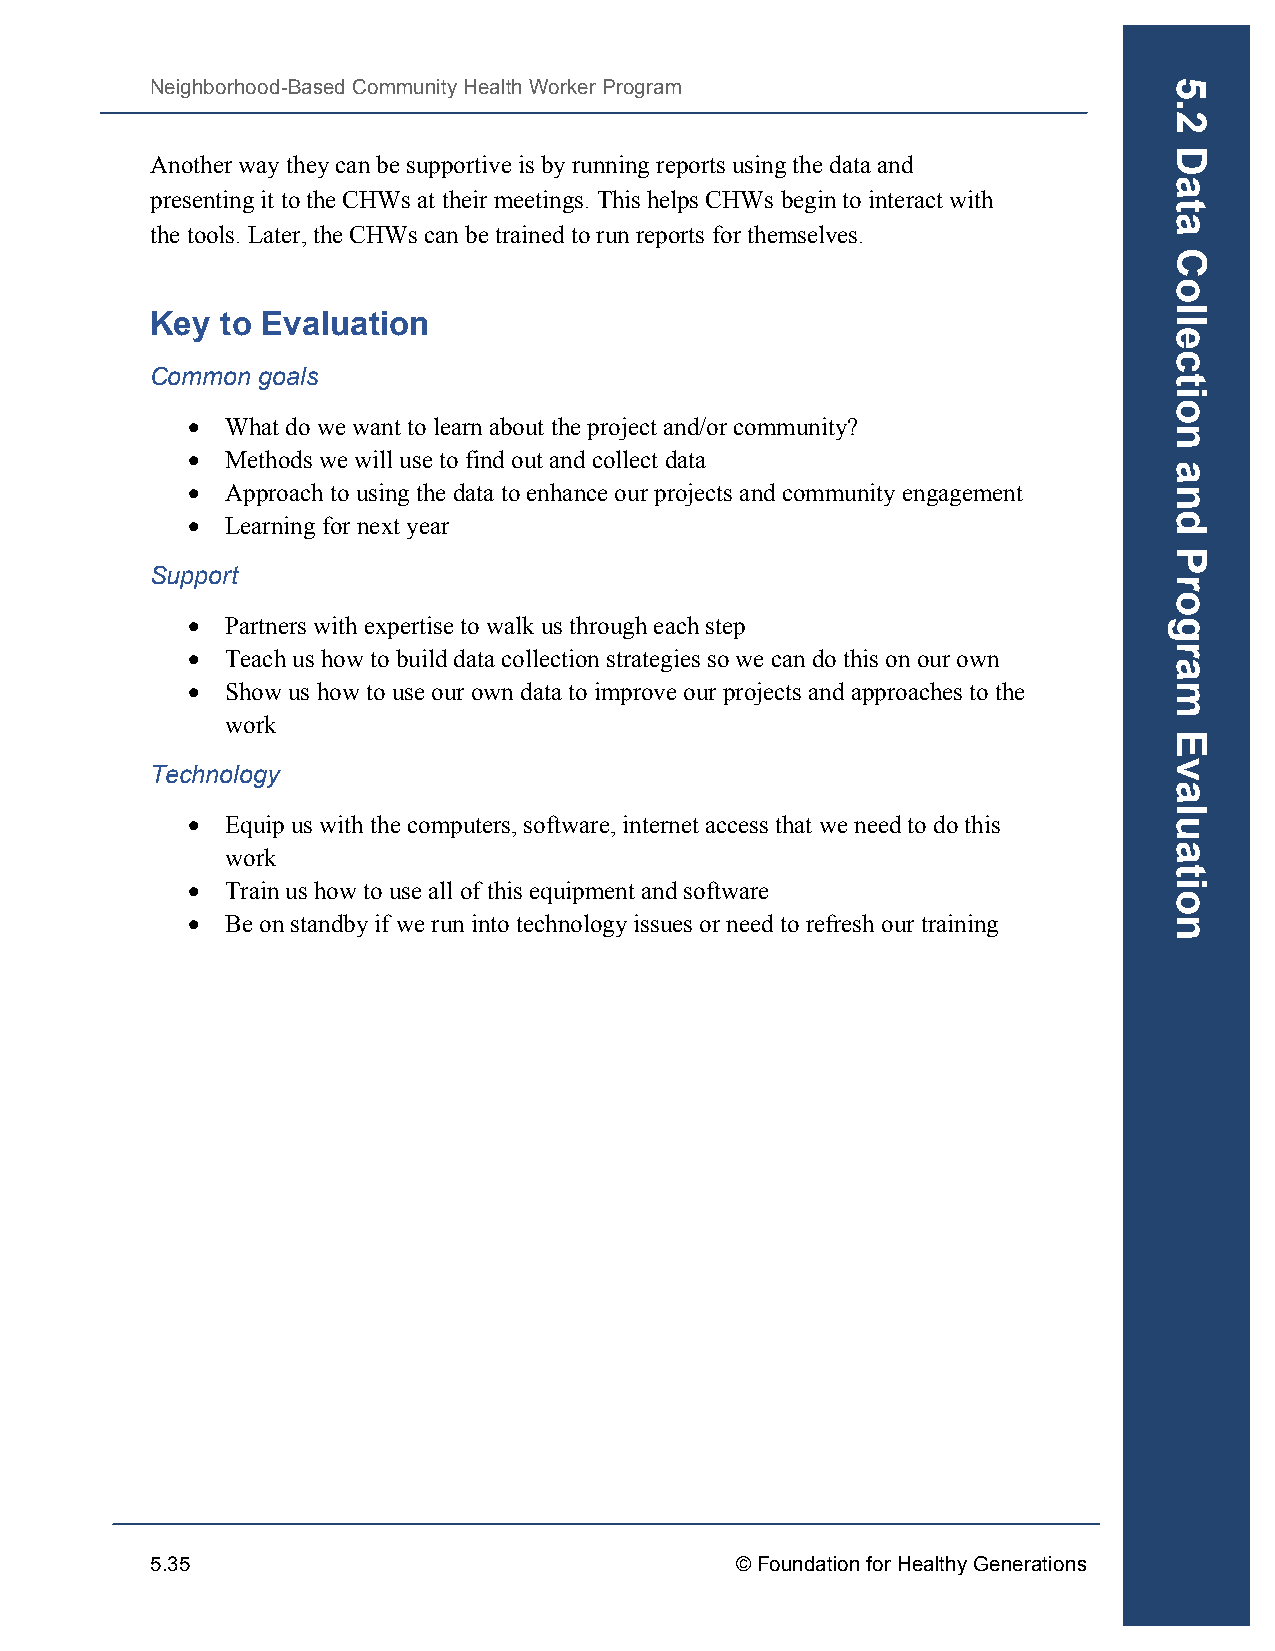
Neighborhood-Based Community Health Worker Program
 Another way they can be supportive is by running reports using the data and
 presenting it to the CHWs at their meetings. This helps CHWs begin to interact with
 the tools. Later, the CHWs can be trained to run reports for themselves.
 Key  to Evaluation
 Common goals
 •  What do we want to learn about the project and/or community?
 •  Methods we will use to find out and collect data
 •  Approach to using the data to enhance our projects and community engagement
 •  Learning for next year
 Support
 •  Partners with expertise to walk us through each step
 •  Teach us how to build data collection strategies so we can do this on our own
 •  Show us how to use our own data to improve our projects and approaches to the
 work
 Technology
 •  Equip us with the computers, software, internet access that we need to do this
 work
 •  Train us how to use all of this equipment and software
 •  Be on standby if we run into technology issues or need to refresh our training
 5.35                                   © Foundation for Healthy Generations
 5.2
 Data
 Collection
 and
 Program
 Evaluation